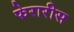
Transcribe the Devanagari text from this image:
फेरारीस